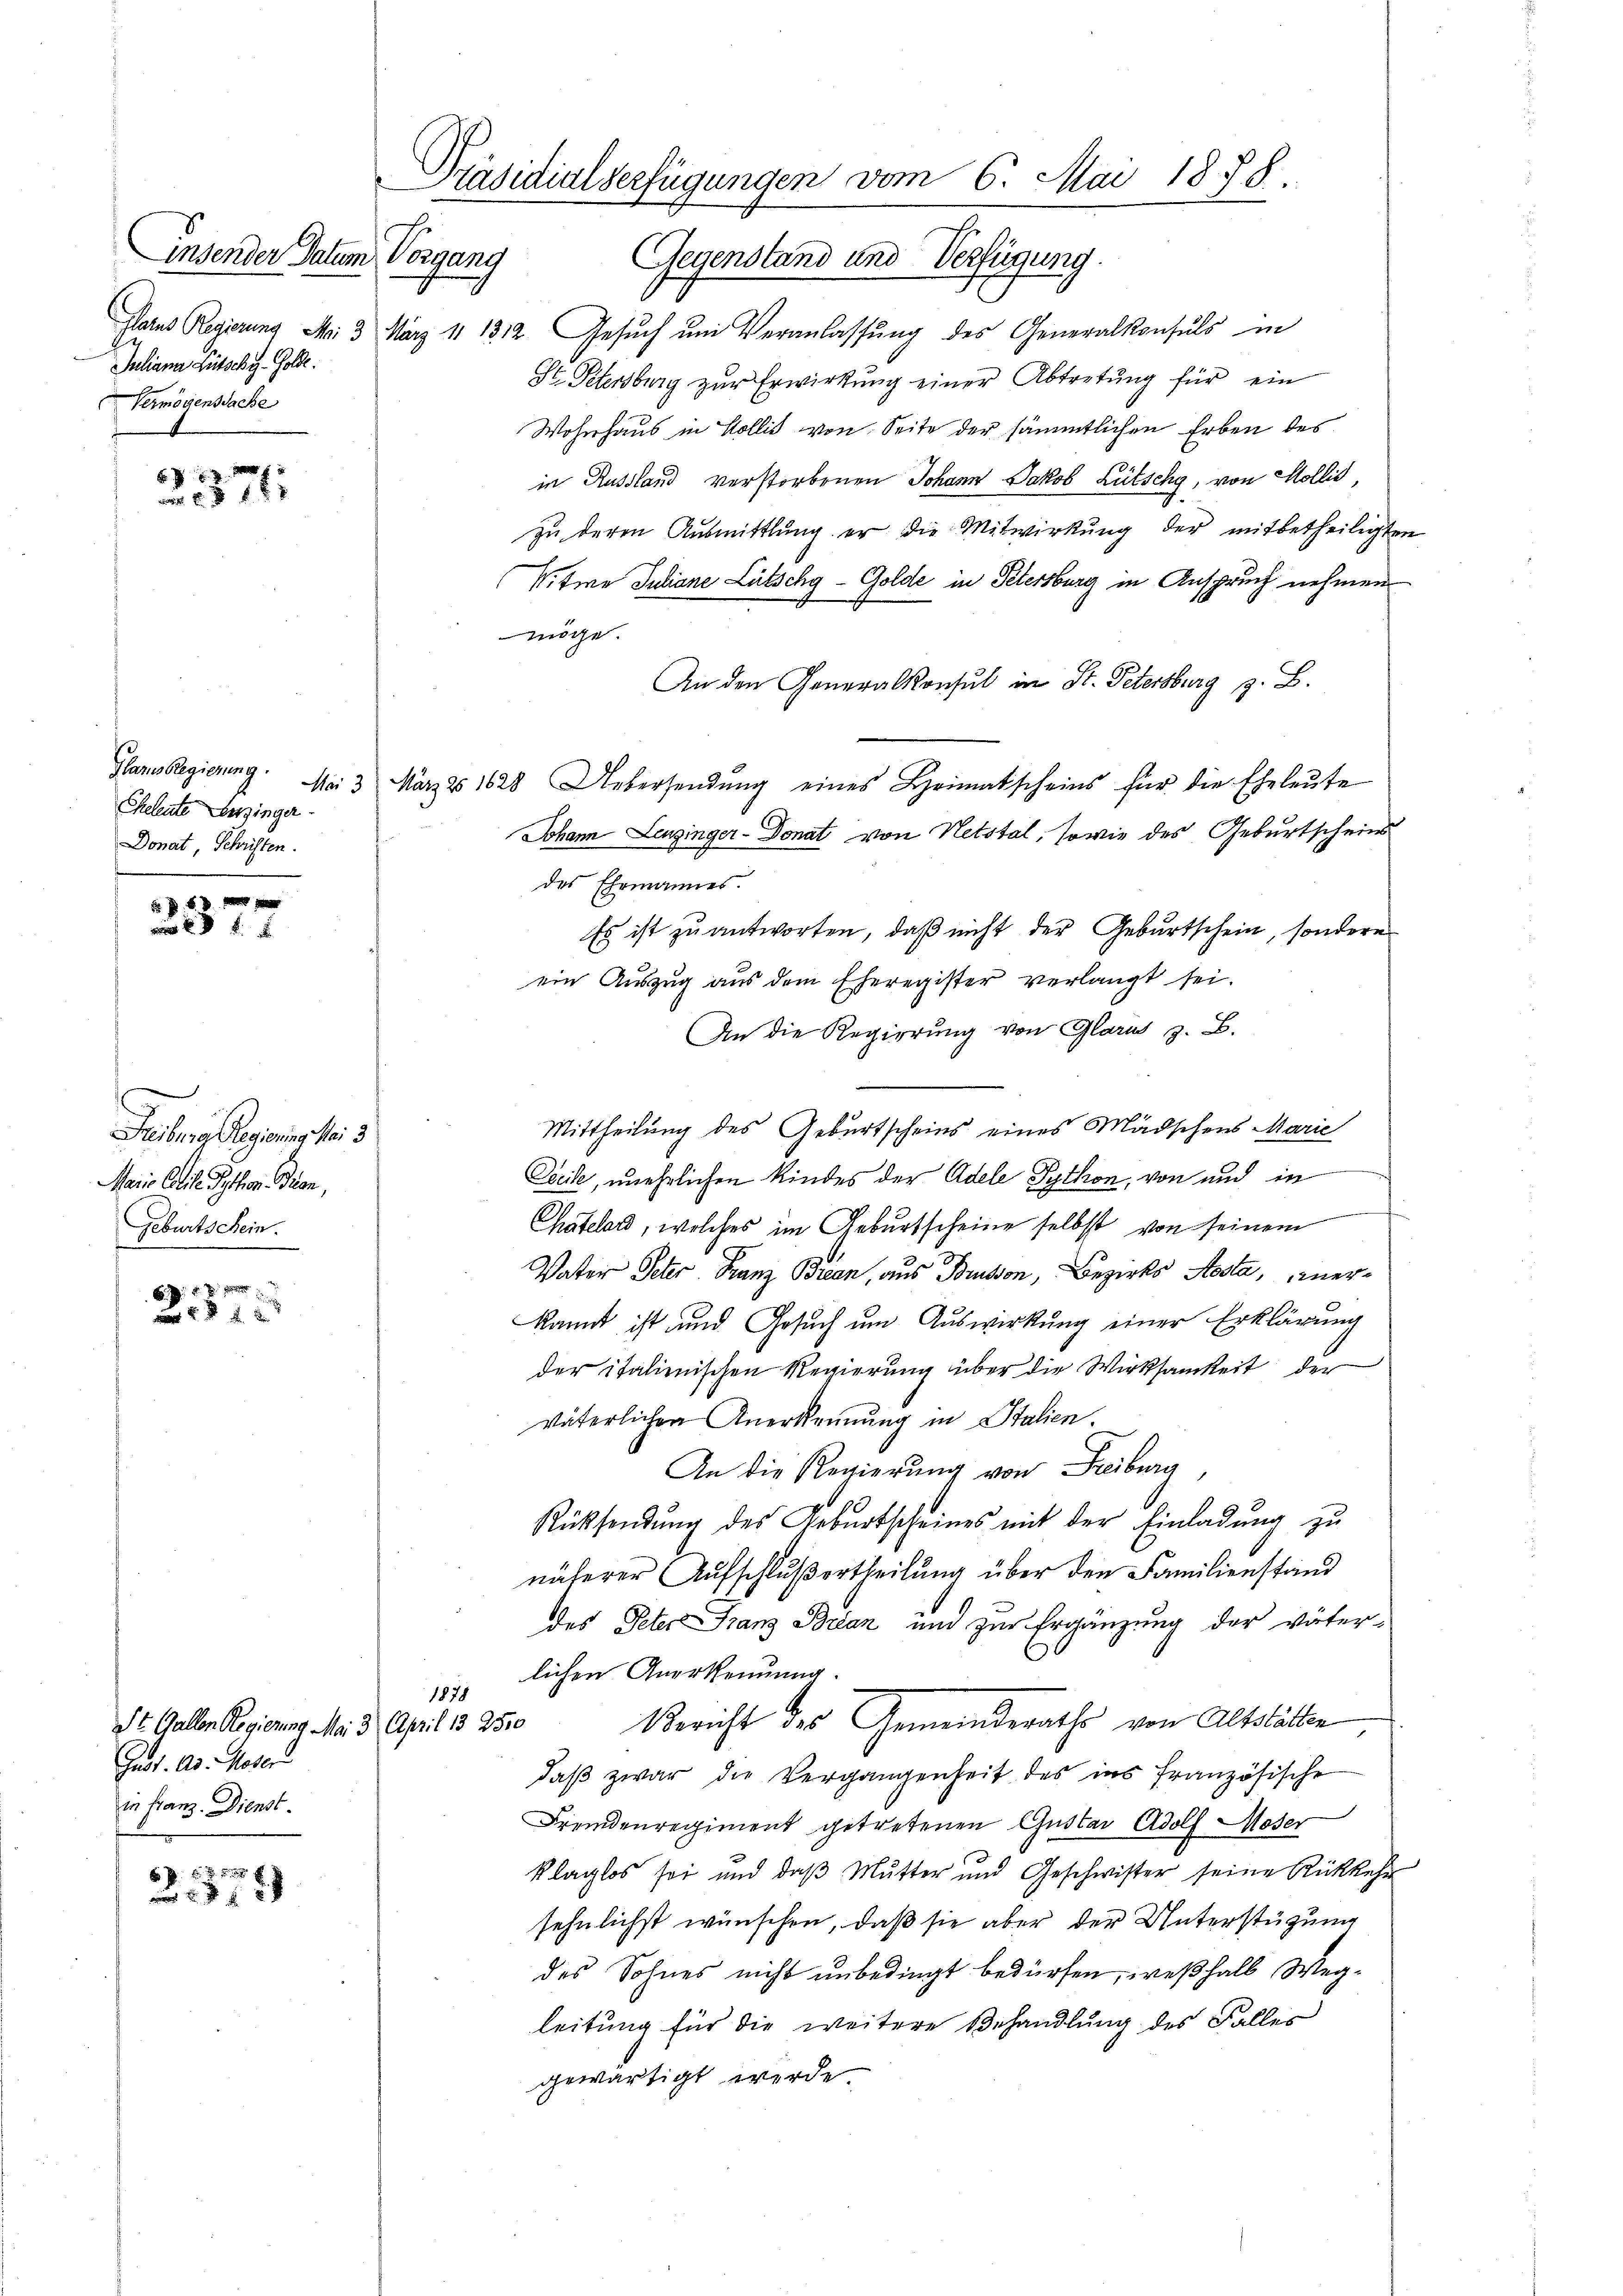
Juliana Lütselig. Goll.
Vermögenssache
t

68 f. 72

f 6 x
x

Feiburg Regierung Nr. 5
Maris Colle Pythen. Dion,
Geburtschein.

x x

f  x
 f 8 x

Präsidialverfügungen vom 6. Mai 1878.
insender Datum Vorgang
Gegenstand und Verfügung.

Cheleute Verzinger
Donat, Schriften.

St. Gallen Regierung Mai 3 April 13 250
Gust. Ad. Moser
in Franz. Dienst.

Glarus Regierung Nr. 3 März 11 1312 Gesuch um Veranlassung des Generalkonsuls in
St. Petersburg zur Erwirkung einer Abtretung für ein
Wohnhaus in Kollis von Seite der sämmtlichen Erben des
in Russland verstorbenen Johann Jakob Litschy, von Stollis,
zŭ deren Aŭsmittlung er die Mitwirkung der mitbetheiligten
Vitwe Juliane Lütschy-Golde in Petersburg in Anspruch nehmen
möge.
An den Generalkonsul in St. Petersburg z. B.
Glarus Regierung. Mai 3 März 21628 Uebersendŭng eines Heimatscheins für die Eheleŭte
Johann Leuzinger-Donat von Netstal, sowie des Geburtscheins
des Ehemannes.
Es ist zu antworten, daß nicht der Geburtschein, sondern
ein Auszug aus dem Eheregister verlangt sei.
An die Regierung von Glarus z. B.
Mittheilung des Geburtscheins eines Mädschens Marie
Ceeile, unehelichen Kindes der Adele Python, von und in
Chatelard, welches im Geburtscheine selbst von seinem
Vater Peter Franz Bran, aus Brusion, Bezirks Aosta, einerkannt ist und Gesuch um Auswirkung einer Erklärung
der italienischen Regierung über die Wirksamkeit der
väterlichen Anerkennung in Stalien.
An die Regierung von Freiburg,
Rücksendung des Geburtscheines mit der Einladung zu
näherer Aufschlußertheilung über den Familienstand
des Peter Franz Bran und zur Ergänzung der väter-
lichen Anorkennung.
1878
Bericht des Gemeinderathe von Altstätten
daβ zwar die Vergangenheit des ins französische
Fremdenregiment getretenen Gustav Adolf Moser
klaglos sei und daβ Mŭtter und Geschwister seine Rückkehr
sehnlichst wünschen, daß sie aber der Unterstüzung
des Sohnes nicht unbedingt bedürfen, weßhalb Wegleitung für die weitere Behandlung des Falles
gewärtigt werde.